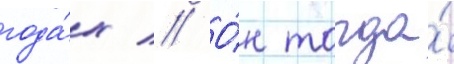
года́х // О́н тогда́